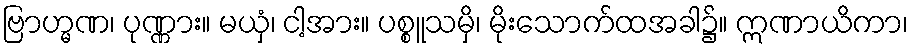
ဗြာဟ္မဏ၊ ပုဏ္ဏား။ မယှံ၊ ငါ့အား။ ပစ္စူသမှိ၊ မိုးသောက်ထအခါ၌။ ဣဏာယိကာ၊